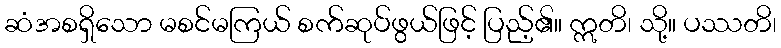
ဆံအစရှိသော မစင်မကြယ် စက်ဆုပ်ဖွယ်ဖြင့် ပြည့်၏။ ဣတိ၊ သို့။ ပဿတိ၊